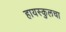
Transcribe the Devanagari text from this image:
हायस्‍कुलचा